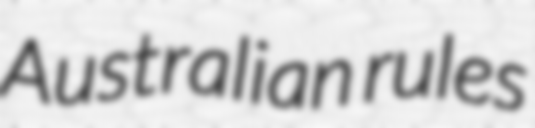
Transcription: Australian rules